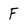
Character: F